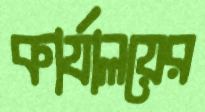
কার্যালয়ের